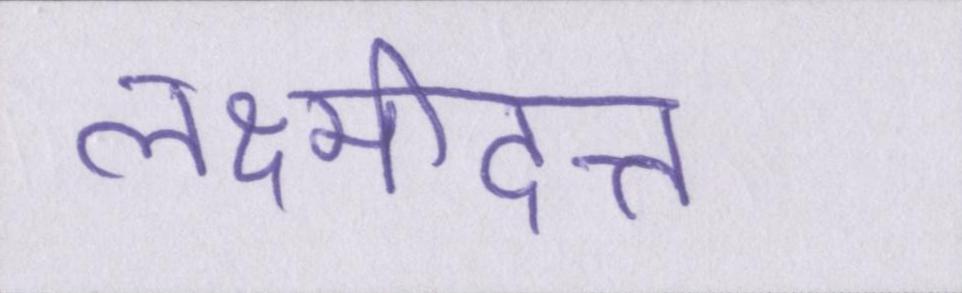
लक्ष्मीदत्त